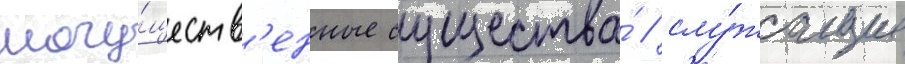
могу́ществ'енные существа́ / слу́жащие